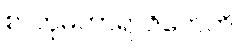
စာတုမဟာရာဇိကေဟိ